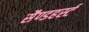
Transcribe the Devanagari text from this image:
सैण्डहर्स्ट